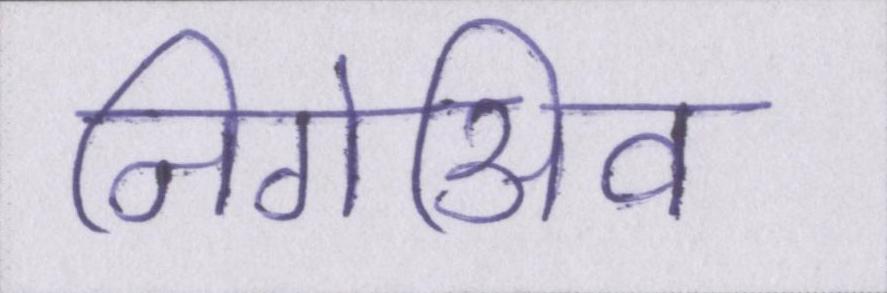
निगेअिव